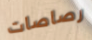
رصاصات